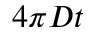
4 \pi D t